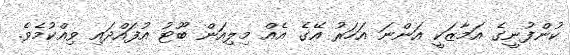
ކުންފުނީގެ އަމާޒަކީ އަންނަ އަހަރު އޭގެ އެއް މިލިއަން ބޫޓު އުފައްދައި ވިއްކުމެވެ.